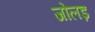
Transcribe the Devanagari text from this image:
जोलड़